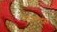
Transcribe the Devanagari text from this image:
नेदरलँद्स